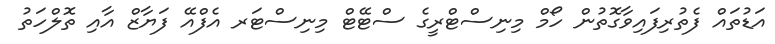
އަޑުތައް ފެތުރިފައިވާގޮތުން ހޯމް މިނިސްޓްރީގެ ސްޓޭޓް މިނިސްޓަރ އެފްއޭ ފަޔާޒް އާއި ތޮލްހަތު